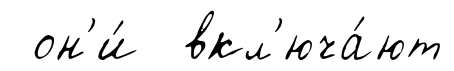
он'и́ вкл'юча́ют